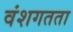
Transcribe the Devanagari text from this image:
वंशगतता